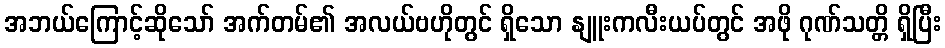
အဘယ်ကြောင့်ဆိုသော် အက်တမ်၏ အလယ်ဗဟိုတွင် ရှိသော နျူးကလီးယပ်တွင် အဖို ဂုဏ်သတ္တိ ရှိပြီး